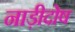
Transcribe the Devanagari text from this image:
नाड़ीदोष